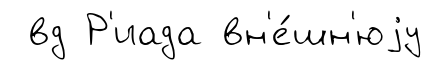
вд Р'иада вн'е́шн'юjу